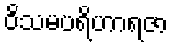
ဝိသမပရိဟာရဇာ